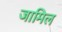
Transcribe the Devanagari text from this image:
जामिल